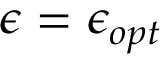
\epsilon = \epsilon _ { o p t }